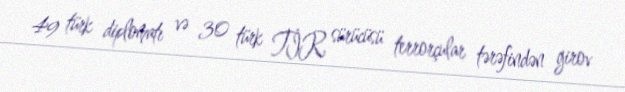
49 türk diplomatı və 30 türk TİR sürücüsü terrorçular tərəfindən girov